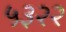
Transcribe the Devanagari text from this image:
५३२२